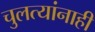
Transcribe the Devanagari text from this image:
चुलत्यांनाही